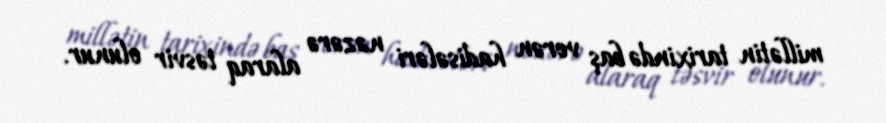
millətin tarixində baş verən hadisələri nəzərə alaraq təsvir olunur.